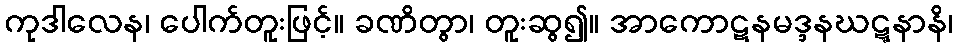
ကုဒါလေန၊ ပေါက်တူးဖြင့်။ ခဏိတွာ၊ တူးဆွ၍။ အာကောဋနမဒ္ဒနဃဋ္ဋနာနိ၊